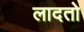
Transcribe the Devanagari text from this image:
लादतो